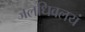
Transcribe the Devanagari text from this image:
जलधिवलयं